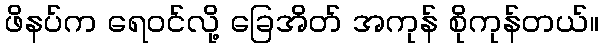
ဖိနပ်က ရေဝင်လို့ ခြေအိတ် အကုန် စိုကုန်တယ်။